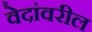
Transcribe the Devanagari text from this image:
वेदांवरील